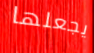
يجعلها